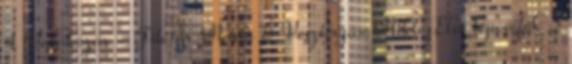
1 Várakozás - Filotás Mária 6 VesztergámMiklósElső lépcsőfok 5